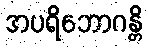
အပရိဘောဂန္တိ